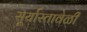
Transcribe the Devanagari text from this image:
सूर्यास्तावेळी